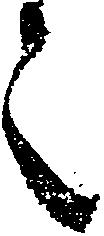
之